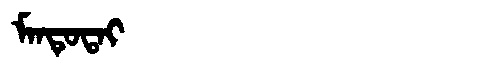
Manchu: ᠮᠠᠨᡨᡠᡨᠠᡳ
Romanization: MANTUTAI